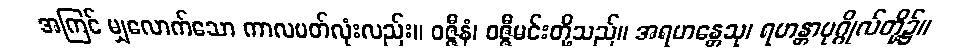
အကြင် မျှလောက်သော ကာလပတ်လုံးလည်း။ ဝဇ္ဇီနံ၊ ဝဇ္ဇီမင်းတို့သည်။ အရဟန္တေသု၊ ရဟန္တာပုဂ္ဂိုလ်တို့၌။